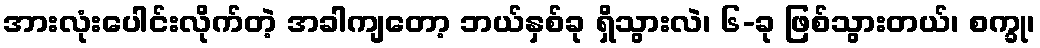
အားလုံးပေါင်းလိုက်တဲ့ အခါကျတော့ ဘယ်နှစ်ခု ရှိသွားလဲ၊ ၆-ခု ဖြစ်သွားတယ်၊ စက္ခု၊